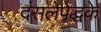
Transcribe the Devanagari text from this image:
दंसलेपेद्धके